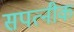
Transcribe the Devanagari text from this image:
सपत्‍नीक